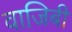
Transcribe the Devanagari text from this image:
वाजिबी